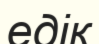
едік